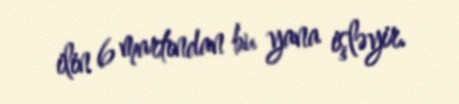
ilin 6 martından bu yana işləyir.